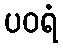
ပဝရံ